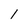
Character: 1